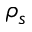
\rho _ { s }